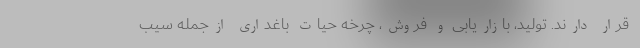
قرار دارند. تولید، بازاریابی و فروش، چرخه حیات باغداری ازجمله سیب